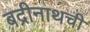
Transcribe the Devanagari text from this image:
बद्रीनाथची